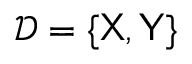
\mathcal { D } = \{ { \sf X } , { \sf Y } \}